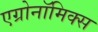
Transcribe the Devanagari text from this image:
एग्रोनॉमिक्स